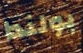
بولندا